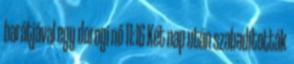
barátjával egy dorogi nő 11:16 Két nap után szabadították